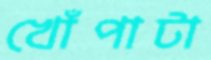
খোঁপাটা